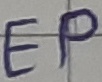
Text: EP